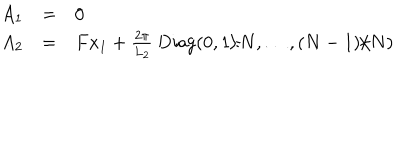
\begin{array} { l l l } { { A _ { 1 } } } & { { = } } & { { 0 } } \\ { { A _ { 2 } } } & { { = } } & { { F x _ { 1 } + \frac { 2 \pi } { L _ { 2 } } \; \mathrm { D i a g } ( 0 , 1 / N , \ldots , ( N - 1 ) / N ) } } \\ \end{array}